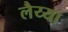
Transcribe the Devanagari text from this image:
लैय्या